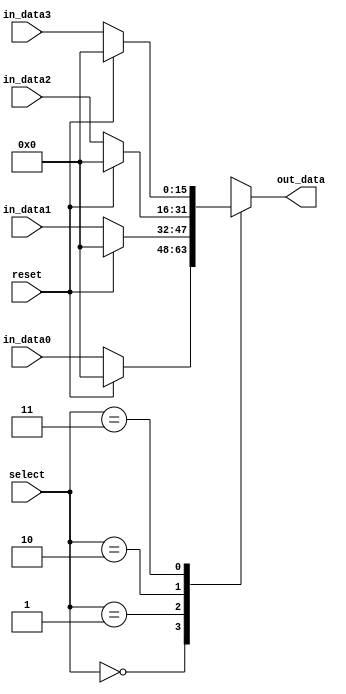
module mux4to1_16bit
(out_data,in_data0,in_data1,in_data2,in_data3,select,reset);

input [15:0] in_data0,in_data1,in_data2,in_data3;
input [1:0] select;
input reset;
output reg [15:0] out_data;

initial
begin
	out_data <= 16'b0;
end

always @(select, in_data0, in_data1, in_data2, in_data3, reset)

  begin

    case (select)

      2'b00: 
		begin
			if(reset)
				out_data <= 16'b0;
			else
				out_data <= in_data0;

		end
      2'b01: 
		begin
			if(reset)
				out_data <= 16'b0;
			else
				out_data <= in_data1;

		end
      2'b10:
		begin
			if(reset)
				out_data <= 16'b0;
			else
				out_data <= in_data2;

		end

      2'b11:
		begin
			if(reset)
				out_data <= 16'b0;
			else
				out_data <= in_data3;

		end
		
    endcase

  end
endmodule